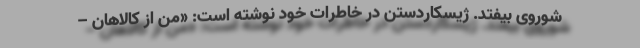
شوروی بیفتد. ژیسکاردستن در خاطرات خود نوشته است: «من از کالاهان –